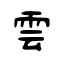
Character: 雲